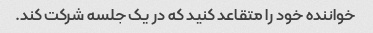
خواننده خود را متقاعد کنید که در یک جلسه شرکت کند.